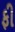
ફી